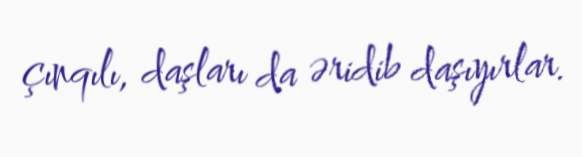
çınqılı, daşları da əridib daşıyırlar.